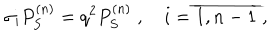
\sigma _ { i } P _ { S } ^ { ( n ) } = q ^ { 2 } P _ { S } ^ { ( n ) } \; , \quad i = \overline { { { 1 , n - 1 } } } \; ,